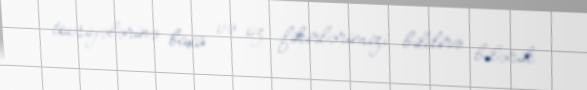
tövsiyələrinə baxa və öz fikirlərimizi bildirə bilərik.